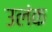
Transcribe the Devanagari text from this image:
उलंक